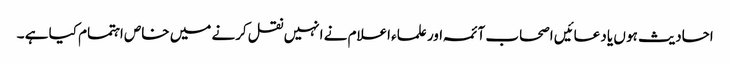
احادیث ہو ں یا دعائیں اصحاب آئمہ اور علماء اعلام نے انہیں نقل کرنے میں خاص اہتمام کیا ہے ۔